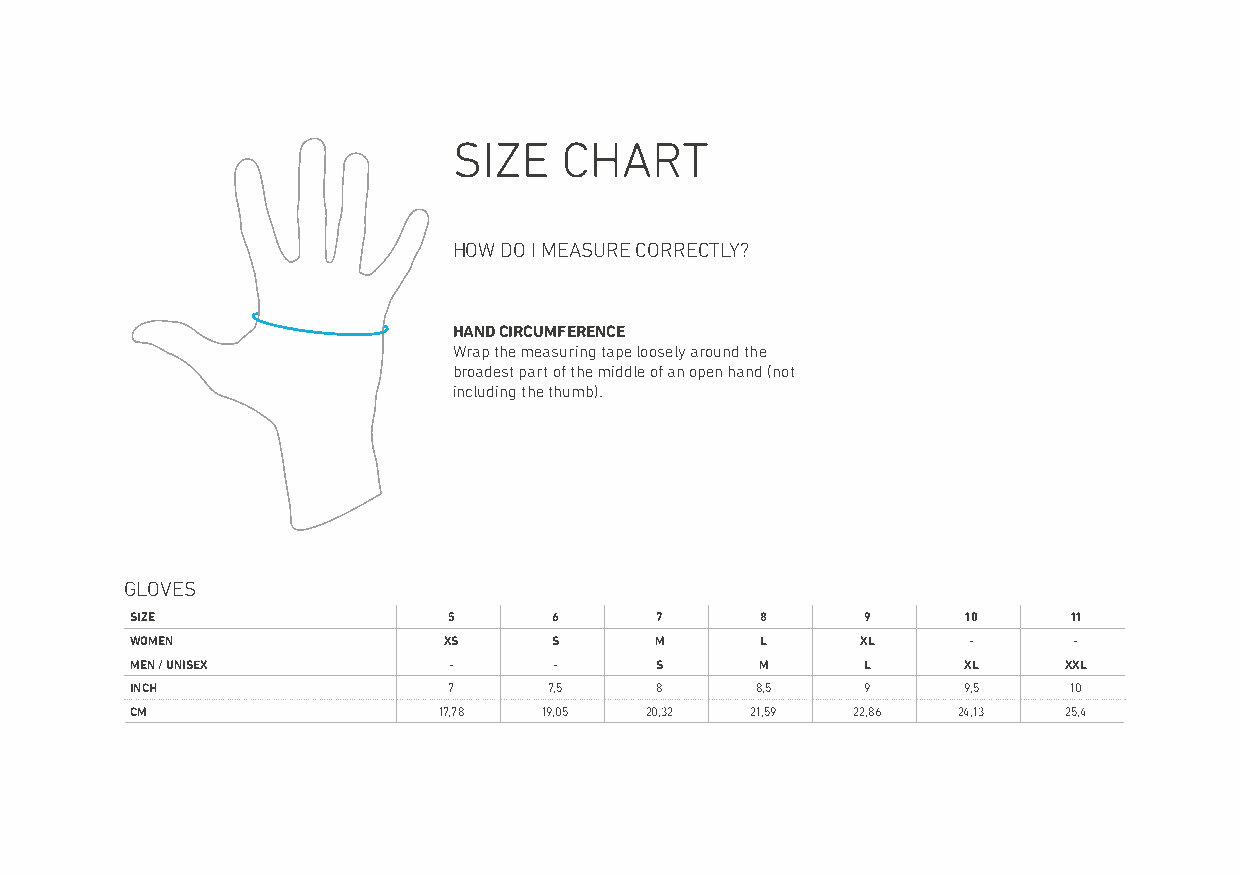
SIZE   CHART
 HOW DO I MEASURE CORRECTLY?
 HAND CIRCUMFERENCE
 Wrap the measuring tape loosely around the
 broadest part of the middle of an open hand (not
 including the thumb).
 GLOVES
 SIZE                 5      6     7      8      9      10     11
 WOMEN               XS      S     M      L      XL     -      -
 MEN / UNISEX         -      -     S      M      L      XL    XXL
 INCH                 7     7,5    8      8,5    9      9,5    10
 CM                  17,78  19,05  20,32  21,59 22,86  24,13  25,4